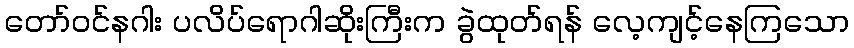
တော်ဝင်နဂါး ပလိပ်ရောဂါဆိုးကြီးက ခွဲထုတ်ရန် လေ့ကျင့်နေကြသော